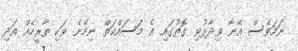
ނަމަވެސް އޭނާ ވިދާޅުވި ގޮތުގައި އެ މަސައްކަތް ނިމޭނެ ވަކި ތާރީހެއް އަދި